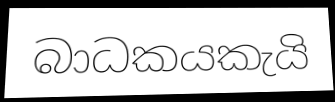
බාධකයකැයි